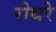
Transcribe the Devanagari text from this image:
रोथरे